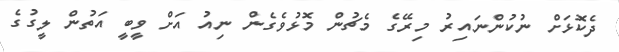
ދެކޮޅަށް ނުކުންނައިރު މިރޭގެ މެޗުން މޮޅުވެގެން ނިއު އަށް ވީބީ އަތުން ލީގުގެ